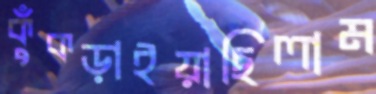
কুঁকড়াইয়াছিলাম